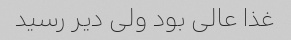
غذا عالی بود ولی دیر رسید